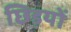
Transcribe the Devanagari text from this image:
छिड़यों